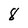
Character: 8